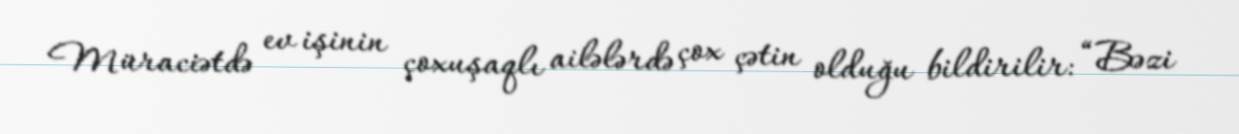
Müraciətdə ev işinin çoxuşaqlı ailələrdə çox çətin olduğu bildirilir: “Bəzi